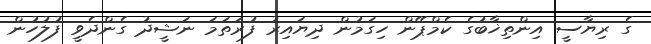
ގެ ރިޔާސީ އިންތިޚާބުގެ ކެމްޕޭން ހިގަމުން ދިޔައިރު ފުރަތަމަ ނަޝީދު ގެންދެވީ ފުލުހުން